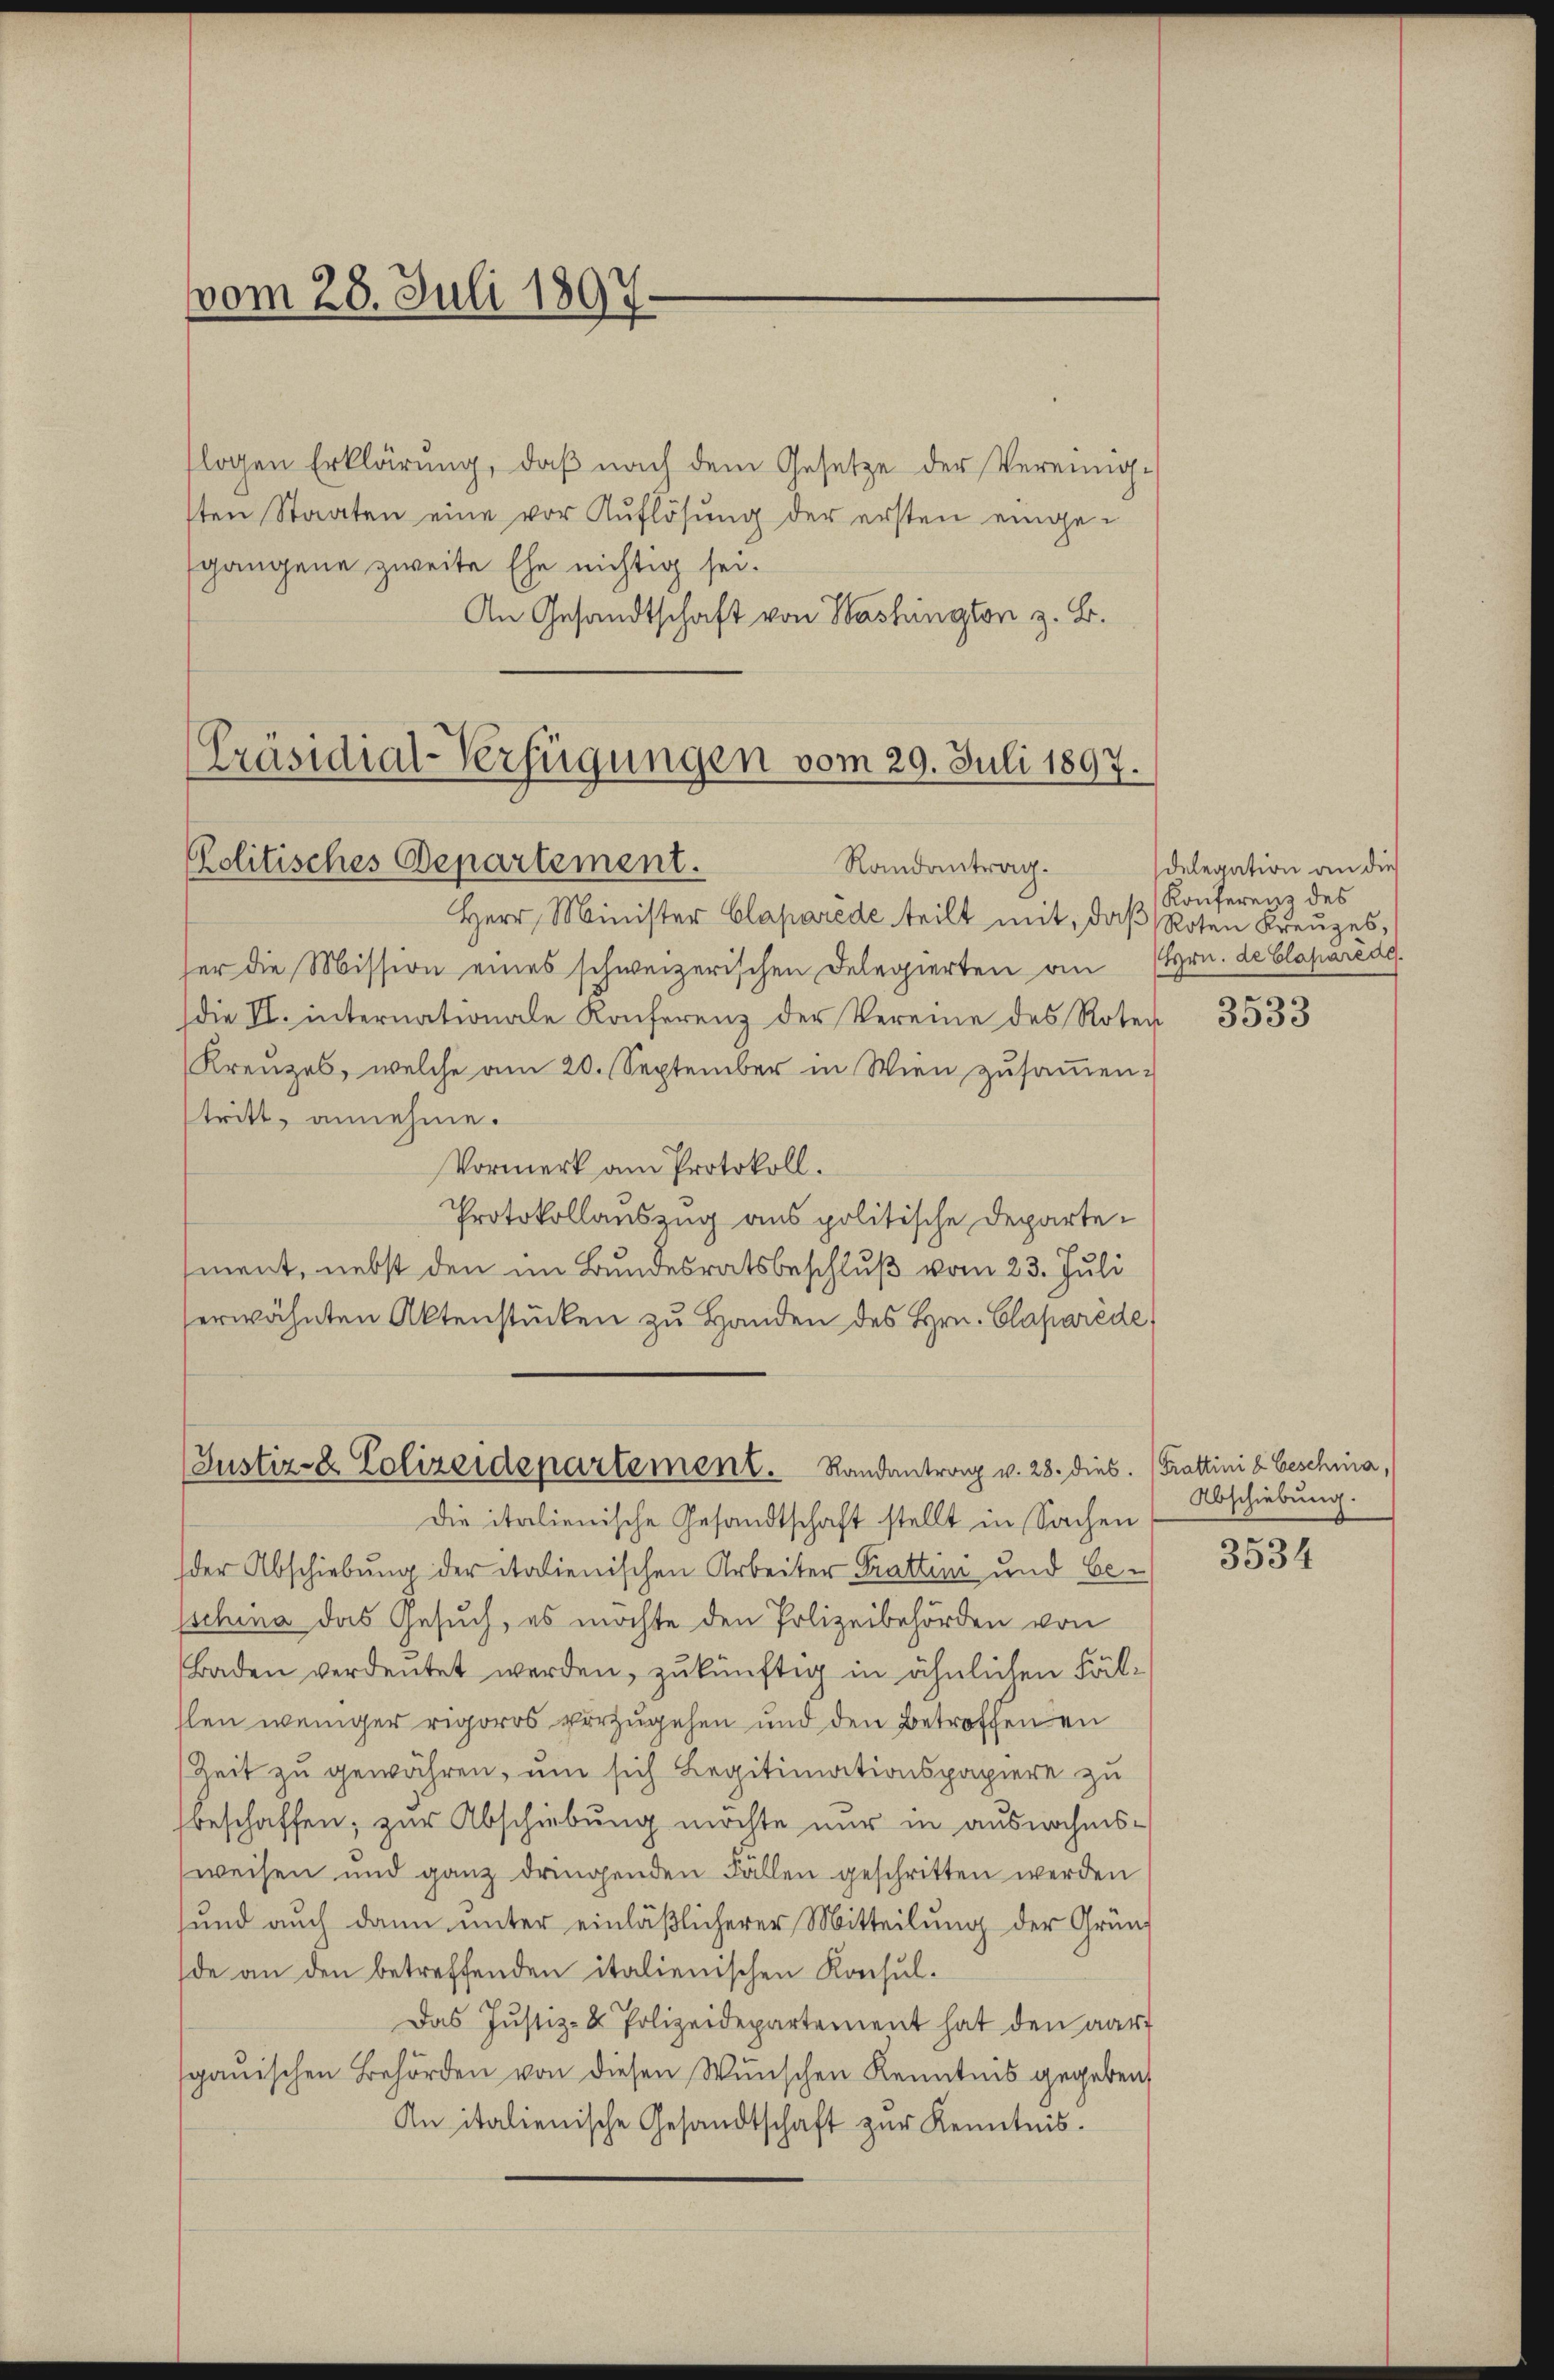
vom 28. Juli 1897.

flogen Erklärung, daß nach dem Gesetze der Vereinig-
sten Staaten eine vor Auflösung der ersten eingegangene zweite Ehe nichtig sei.
An Gesandtschaft von Washington z. B.

[Präsidial-Verfügungen vom 29. Juli 1897.
Politisches Departement.
Randantrag.

Justiz- & Polizeidepartement. Randantrag v. 28. dies.

Herr Minister Claparede teilt mit, daß Roten Kreuzes,
fer die Mission eines schweizerischen Delegierten an Hrn. de Clapartag.
die II. internationale Konferenz der Vereine des Roten
Kreuzes, welche am 20. September in Wien zŭsaṁen-
tritt, annehme.
Vormerk am Protokoll.
Protokollauszug aus politische Departesment, nebst den im Bundesratsbeschluß vom 23. Juli
erwähnten Aktenstücken zu Handen des Hrn. Claparède,
Die italienische Gesandtschaft stellt in Sachen
der Abschiebung der italienischen Arbeiter Prattini und beschina das Gesuch, es möchte den Polizeibehörden von
Baden verdeutet werden, zukünftig in ähnlichen Fälhlen weniger rigoros vorzugehen und den Betroffenen
Zeit zu gewähren, um sich Legitimationspapiere zu
beschaffen; zur Abschiebung möchte nur in ausnahmsweisen und ganz dringenden Fällen geschritten werden
und auch dann unter einläßlicherer Mitteilung der Gründ
de an den betreffenden italienischen Konsul-
Das Justiz- & Polizeidepartement hat den aar
sgauischen Behörden von diesen Wünschen Kenntnis gegeben,
An italienische Gesandtschaft zur Kenntnis.

delegation an dies
Konferenz des

3533

Trattini d. Geschia,
Abschiebung.

3534